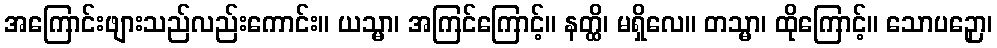
အကြောင်းဖျားသည်လည်းကောင်း။ ယသ္မာ၊ အကြင်ကြောင့်။ နတ္ထိ၊ မရှိလေ။ တသ္မာ၊ ထိုကြောင့်။ သောပဉှော၊